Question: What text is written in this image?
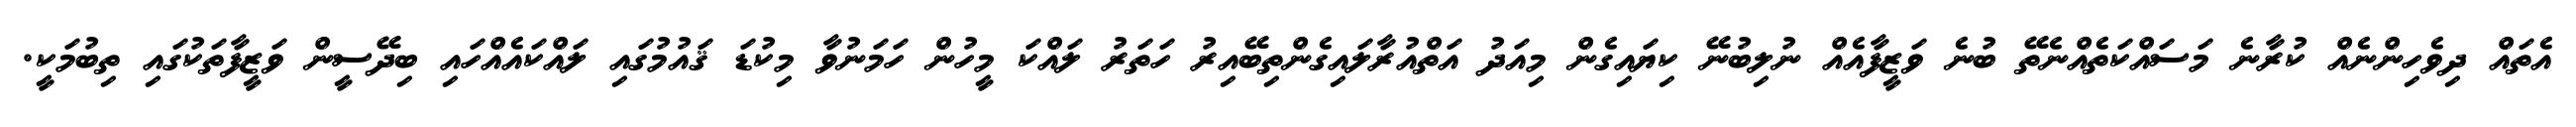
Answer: އެތައް ދިވެހިންނެއް ކުރާނެ މަސައްކަތެއްނެތޭ ބުނެ ވަޒީފާއެއް ނުލިބުނޭ ކިޔައިގެން މިއަދު އަތްއުރާލައިގެންތިބޭއިރު ހަތަރު ލައްކަ މީހުން ހަމަނުވާ މިކުޑަ ޤައުމުގައި ލައްކައެއްހައި ބިދޭސީން ވަޒީފާތަކުގައި ތިބުމަކީ.